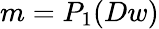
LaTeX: m=P_{1}(Dw)